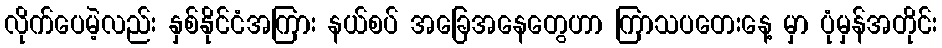
လိုက်ပေမဲ့လည်း နှစ်နိုင်ငံအကြား နယ်စပ် အခြေအနေတွေဟာ ကြာသပတေးနေ့ မှာ ပုံမှန်အတိုင်း